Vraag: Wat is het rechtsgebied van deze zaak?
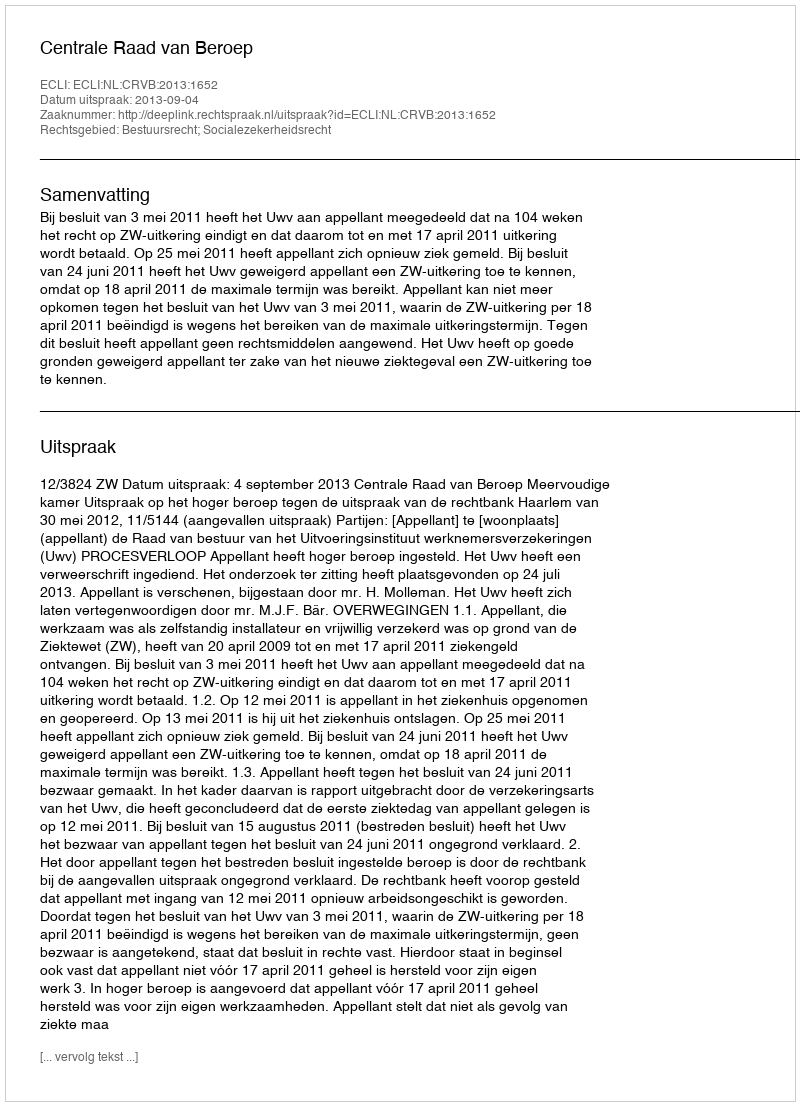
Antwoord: Bestuursrecht; Socialezekerheidsrecht